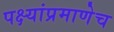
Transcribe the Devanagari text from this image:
पक्ष्यांप्रमाणेच